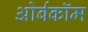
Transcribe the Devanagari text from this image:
ओर्बकॉम